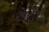
અરૉરા